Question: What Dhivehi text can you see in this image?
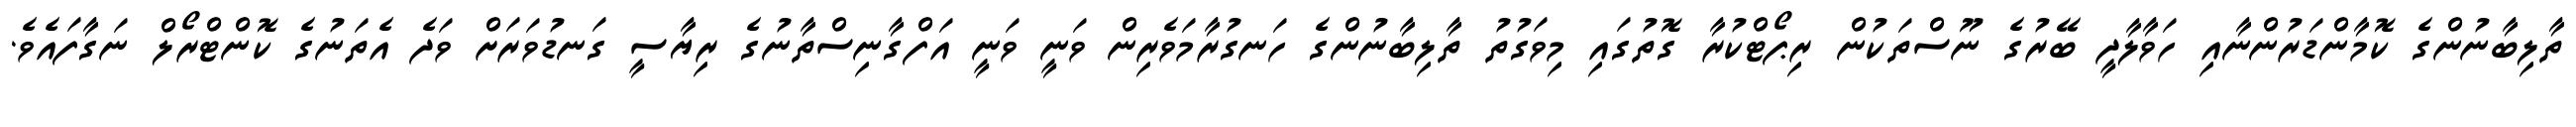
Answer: ތާލިބާނުންގެ ކޮމާންޑަރުންނާއި ހަވާލާދީ ބޭރުގެ ނޫސްތަކުން ރިޕޯޓްކުރާ ގޮތުގައި މިވަގުތު ތާލިބާނުންގެ ހަނގުރާމަވެރިން ވަނީ ވަނީ އަފްގާނިސްތާނުގެ ރިޔާސީ ގަނޑުވަރަށް ވަދެ އެތަނުގެ ކޮންޓްރޯލް ނަގާފައެވެ.